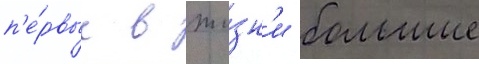
п'е́рвые в жи́зн'и большие